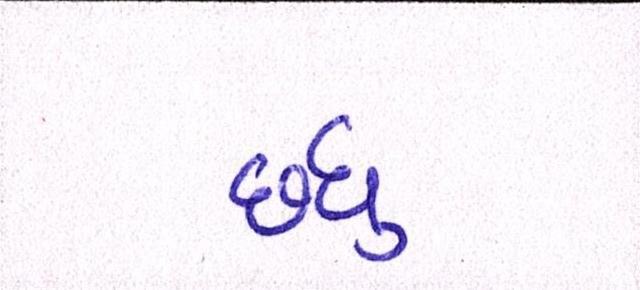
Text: છધુ